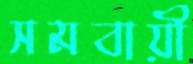
সমবায়ী